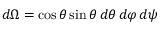
d \Omega = \cos \theta \sin \theta \, d \theta \, d \varphi \, d \psi